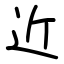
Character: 近